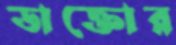
ডাক্তোর